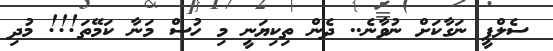
ސެލްފީ ނަގާކަށް ނުވާނެ.. ދެން ތިކިޔަނީ މި ހުސް މަނާ ކަމޭތަ!!! މުދި